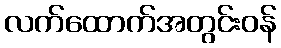
လက်ထောက်အတွင်းဝန်